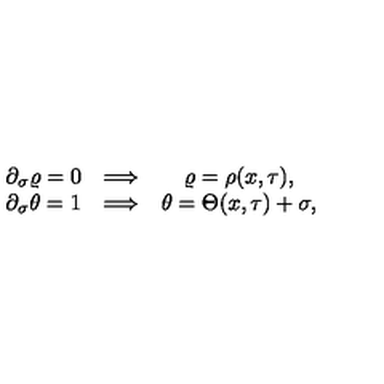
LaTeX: \begin{array} { c c c } { \partial _ { \sigma } \varrho = 0 \hfill } & { \Longrightarrow } & { \varrho = \rho ( x , \tau ) , \hfill } \\ { \partial _ { \sigma } \theta = 1 \hfill } & { \Longrightarrow \hfill } & { \theta = \Theta ( x , \tau ) + \sigma , \hfill } \\ \end{array}